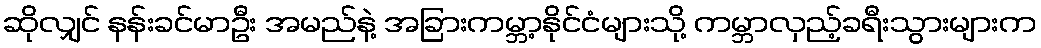
ဆိုလျှင် နန်းခင်မာဦး အမည်နဲ့ အခြားကမ္ဘာ့နိုင်ငံများသို့ ကမ္ဘာလှည့်ခရီးသွားများက